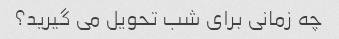
چه زمانی برای شب تحویل می گیرید؟